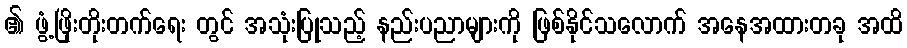
၏ ဖွံ့ဖြိုးတိုးတက်ရေး တွင် အသုံးပြုသည့် နည်းပညာများကို ဖြစ်နိုင်သလောက် အနေအထားတခု အထိ